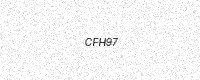
Text: CFH97